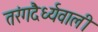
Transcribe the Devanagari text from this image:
तरंगदैर्ध्यवाली